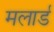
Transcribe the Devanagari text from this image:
मलार्ड